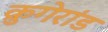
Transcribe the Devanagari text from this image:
क्रुगेरांड